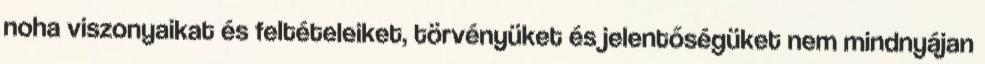
noha viszonyaikat és feltételeiket, törvényüket és jelentőségüket nem mindnyájan